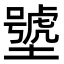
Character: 㙱